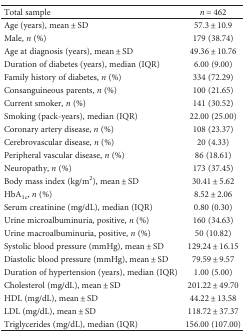
<table><thead><tr><td><b>Total sample</b></td><td><b><i>n</i> = 462</b></td></tr></thead><tbody><tr><td>Age (years), mean ± SD</td><td>57.3 ± 10.9</td></tr><tr><td>Male, <i>n</i> (%)</td><td>179 (38.74)</td></tr><tr><td>Age at diagnosis (years), mean ± SD</td><td>49.36 ± 10.76</td></tr><tr><td>Duration of diabetes (years), median (IQR)</td><td>6.00 (9.00)</td></tr><tr><td>Family history of diabetes, <i>n</i> (%)</td><td>334 (72.29)</td></tr><tr><td>Consanguineous parents, <i>n</i> (%)</td><td>100 (21.65)</td></tr><tr><td>Current smoker, <i>n</i> (%)</td><td>141 (30.52)</td></tr><tr><td>Smoking (pack-years), median (IQR)</td><td>22.00 (25.00)</td></tr><tr><td>Coronary artery disease, <i>n</i> (%)</td><td>108 (23.37)</td></tr><tr><td>Cerebrovascular disease, <i>n</i> (%)</td><td>20 (4.33)</td></tr><tr><td>Peripheral vascular disease, <i>n</i> (%)</td><td>86 (18.61)</td></tr><tr><td>Neuropathy, <i>n</i> (%)</td><td>173 (37.45)</td></tr><tr><td>Body mass index (kg/m<sup>2</sup>), mean ± SD</td><td>30.41 ± 5.62</td></tr><tr><td>HbA<sub>1c</sub>, <i>n</i> (%)</td><td>8.52 ± 2.06</td></tr><tr><td>Serum creatinine (mg/dL), median (IQR)</td><td>0.80 (0.30)</td></tr><tr><td>Urine microalbuminuria, positive, <i>n</i> (%)</td><td>160 (34.63)</td></tr><tr><td>Urine macroalbuminuria, positive, <i>n</i> (%)</td><td>50 (10.82)</td></tr><tr><td>Systolic blood pressure (mmHg), mean ± SD</td><td>129.24 ± 16.15</td></tr><tr><td>Diastolic blood pressure (mmHg), mean ± SD</td><td>79.59 ± 9.57</td></tr><tr><td>Duration of hypertension (years), median (IQR)</td><td>1.00 (5.00)</td></tr><tr><td>Cholesterol (mg/dL), mean ± SD</td><td>201.22 ± 49.70</td></tr><tr><td>HDL (mg/dL), mean ± SD</td><td>44.22 ± 13.58</td></tr><tr><td>LDL (mg/dL), mean ± SD</td><td>118.72 ± 37.37</td></tr><tr><td>Triglycerides (mg/dL), median (IQR)</td><td>156.00 (107.00)</td></tr></tbody></table>